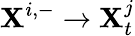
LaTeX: \mathbf{X}^{i,-}\rightarrow\mathbf{X}_{t}^{j}